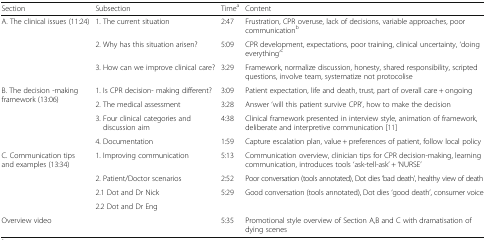
<table><thead><tr><td><b>Section</b></td><td><b>Subsection</b></td><td><b>Time<sup>a</sup></b></td><td><b>Content</b></td></tr></thead><tbody><tr><td rowspan="3">A. The clinical issues (11:24)</td><td>1. The current situation</td><td>2:47</td><td>Frustration, CPR overuse, lack of decisions, variable approaches, poor communication<sup>b</sup></td></tr><tr><td>2. Why has this situation arisen?</td><td>5:09</td><td>CPR development, expectations, poor training, clinical uncertainty, ‘doing everything’<sup>c</sup></td></tr><tr><td>3. How can we improve clinical care?</td><td>3:29</td><td>Framework, normalize discussion, honesty, shared responsibility, scripted questions, involve team, systematize not protocolise</td></tr><tr><td rowspan="4">B. The decision -making framework (13:06)</td><td>1. Is CPR decision- making different?</td><td>3:09</td><td>Patient expectation, life and death, trust, part of overall care + ongoing</td></tr><tr><td>2. The medical assessment</td><td>3:28</td><td>Answer ‘will this patient survive CPR’, how to make the decision</td></tr><tr><td>3. Four clinical categories and discussion aim</td><td>4:38</td><td>Clinical framework presented in interview style, animation of framework, deliberate and interpretive communication [11]</td></tr><tr><td>4. Documentation</td><td>1:59</td><td>Capture escalation plan, value + preferences of patient, follow local policy</td></tr><tr><td rowspan="4">C. Communication tips and examples (13:34)</td><td>1. Improving communication</td><td>5:13</td><td>Communication overview, clinician tips for CPR decision-making, learning communication, introduces tools ‘ask-tell-ask’ + ‘NURSE’</td></tr><tr><td>2. Patient/Doctor scenarios</td><td>2:52</td><td>Poor conversation (tools annotated), Dot dies ‘bad death’, healthy view of death</td></tr><tr><td>2.1 Dot and Dr Nick</td><td rowspan="2">5:29</td><td rowspan="2">Good conversation (tools annotated), Dot dies ‘good death’, consumer voice</td></tr><tr><td>2.2 Dot and Dr Eng</td></tr><tr><td>Overview video</td><td></td><td>5:35</td><td>Promotional style overview of Section A,B and C with dramatisation of dying scenes</td></tr></tbody></table>